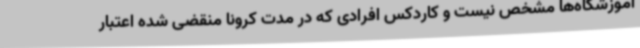
آموزشگاه‌ها مشخص نیست و کاردکس افرادی که در مدت کرونا منقضی شده اعتبار